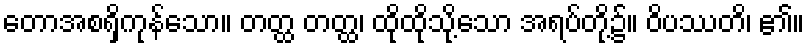
တောအစရှိကုန်သော။ တတ္ထ တတ္ထ၊ ထိုထိုသို့သော အရပ်တို့၌။ ဝိပဿတိ၊ ၏။